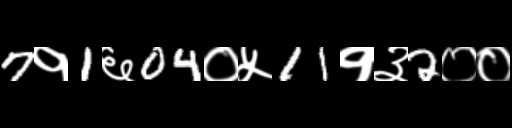
Text: 7१1६04०५11१३2००